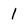
Character: 1